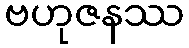
ဗဟုဇနဿ